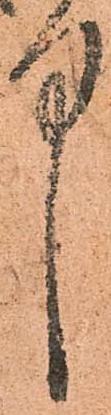
中